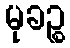
မုခဉ္စ